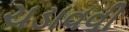
ચડાવવી